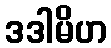
ဒဒါမိဟ